Indian journal of veterinary science and animal husbandry - Volume 4,
Year: 1934
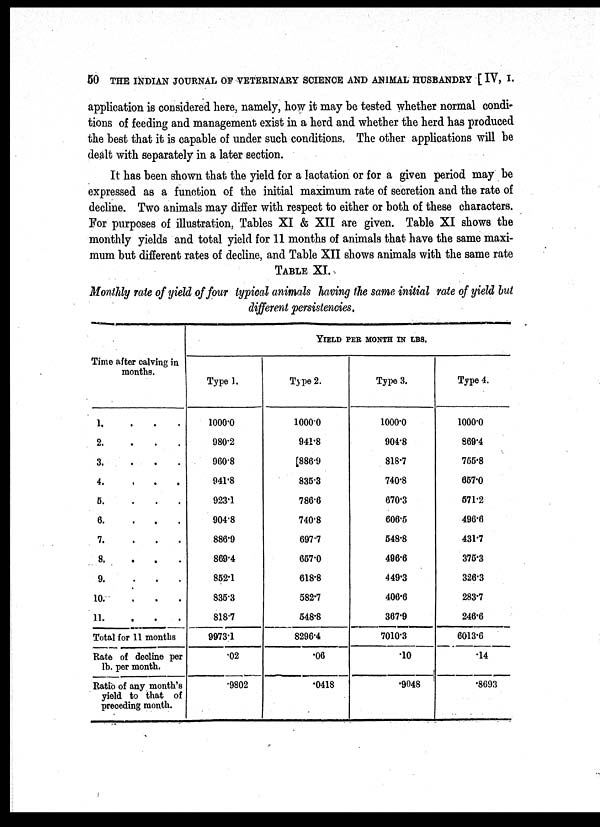
50 THE INDIAN JOURNAL OF VETERINARY SCIENCE AND ANIMAL HUSBANDRY [ IV, I.
application is considered here, namely, how it may be tested whether normal condi-
tions of feeding and management exist in a herd and whether the herd has produced
the best that it is capable of under such conditions. The other applications will be
dealt with separately in a later section.
It has been shown that the yield for a lactation or for a given period may be
expressed as a function of the initial maximum rate of secretion and the rate of
decline. Two animals may differ with respect to either or both of these characters.
For purposes of illustration, Tables XI & XII are given. Table XI shows the
monthly yields and total yield for 11 months of animals that have the same maxi-
mum but different rates of decline, and Table XII shows animals with the same rate
TABLE XI.
Monthly rate of yield of four typical animals having the same initial rate of yield but
different persistencies.
Time after calving in
months.
1. . . .
2. . . .
3. . . .
4. . . .
5. . . .
6. . . .
7. . . .
8. . . .
9. . . .
10. . . .
11. . . .
Total for 11 months
Rate of decline per
lb. per month.
Ratio of any month's
yield to that of
preceding month.
YIELD PER MONTH IN LBS.
Type 1.
1000.0
980.2
960.8
941.8
923.1
904.8
886.9
869.4
852.1
835.3
818.7
9973.1
.02
.9802
Type 2.
1000.0
941.8
886.9
835.3
786.6
740.8
697.7
657.0
618.8
582.7
548.8
8296.4
.06
.0418
Type 3.
1000.0
904.8
818.7
740.8
670.3
606.5
548.8
496.6
449.3
406.6
367.9
7010.3
.10
.9048
Type 4.
1000.0
869.4
755.8
657.0
571.2
496.6
431.7
375.3
326.3
283.7
246.6
6013.6
.14
.8693